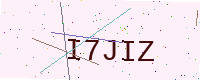
Text: I7JIZ